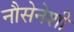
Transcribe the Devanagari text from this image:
नौसेनेशी